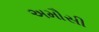
અમૌસી